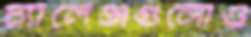
চ্যালেঞ্জগুলোও